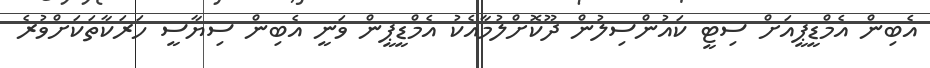
އެބިން އެމްޑީޕީއަށް ސިޓީ ކައުންސިލުން ދޫކޮށްލުމާއެކު އެމްޑީޕީން ވަނީ އެބިން ސިޔާސީ ހަރަަކާތަކަށްވުރެ